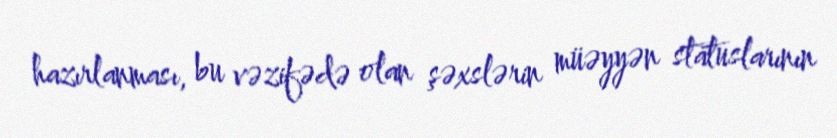
hazırlanması, bu vəzifədə olan şəxslərin müəyyən statuslarının